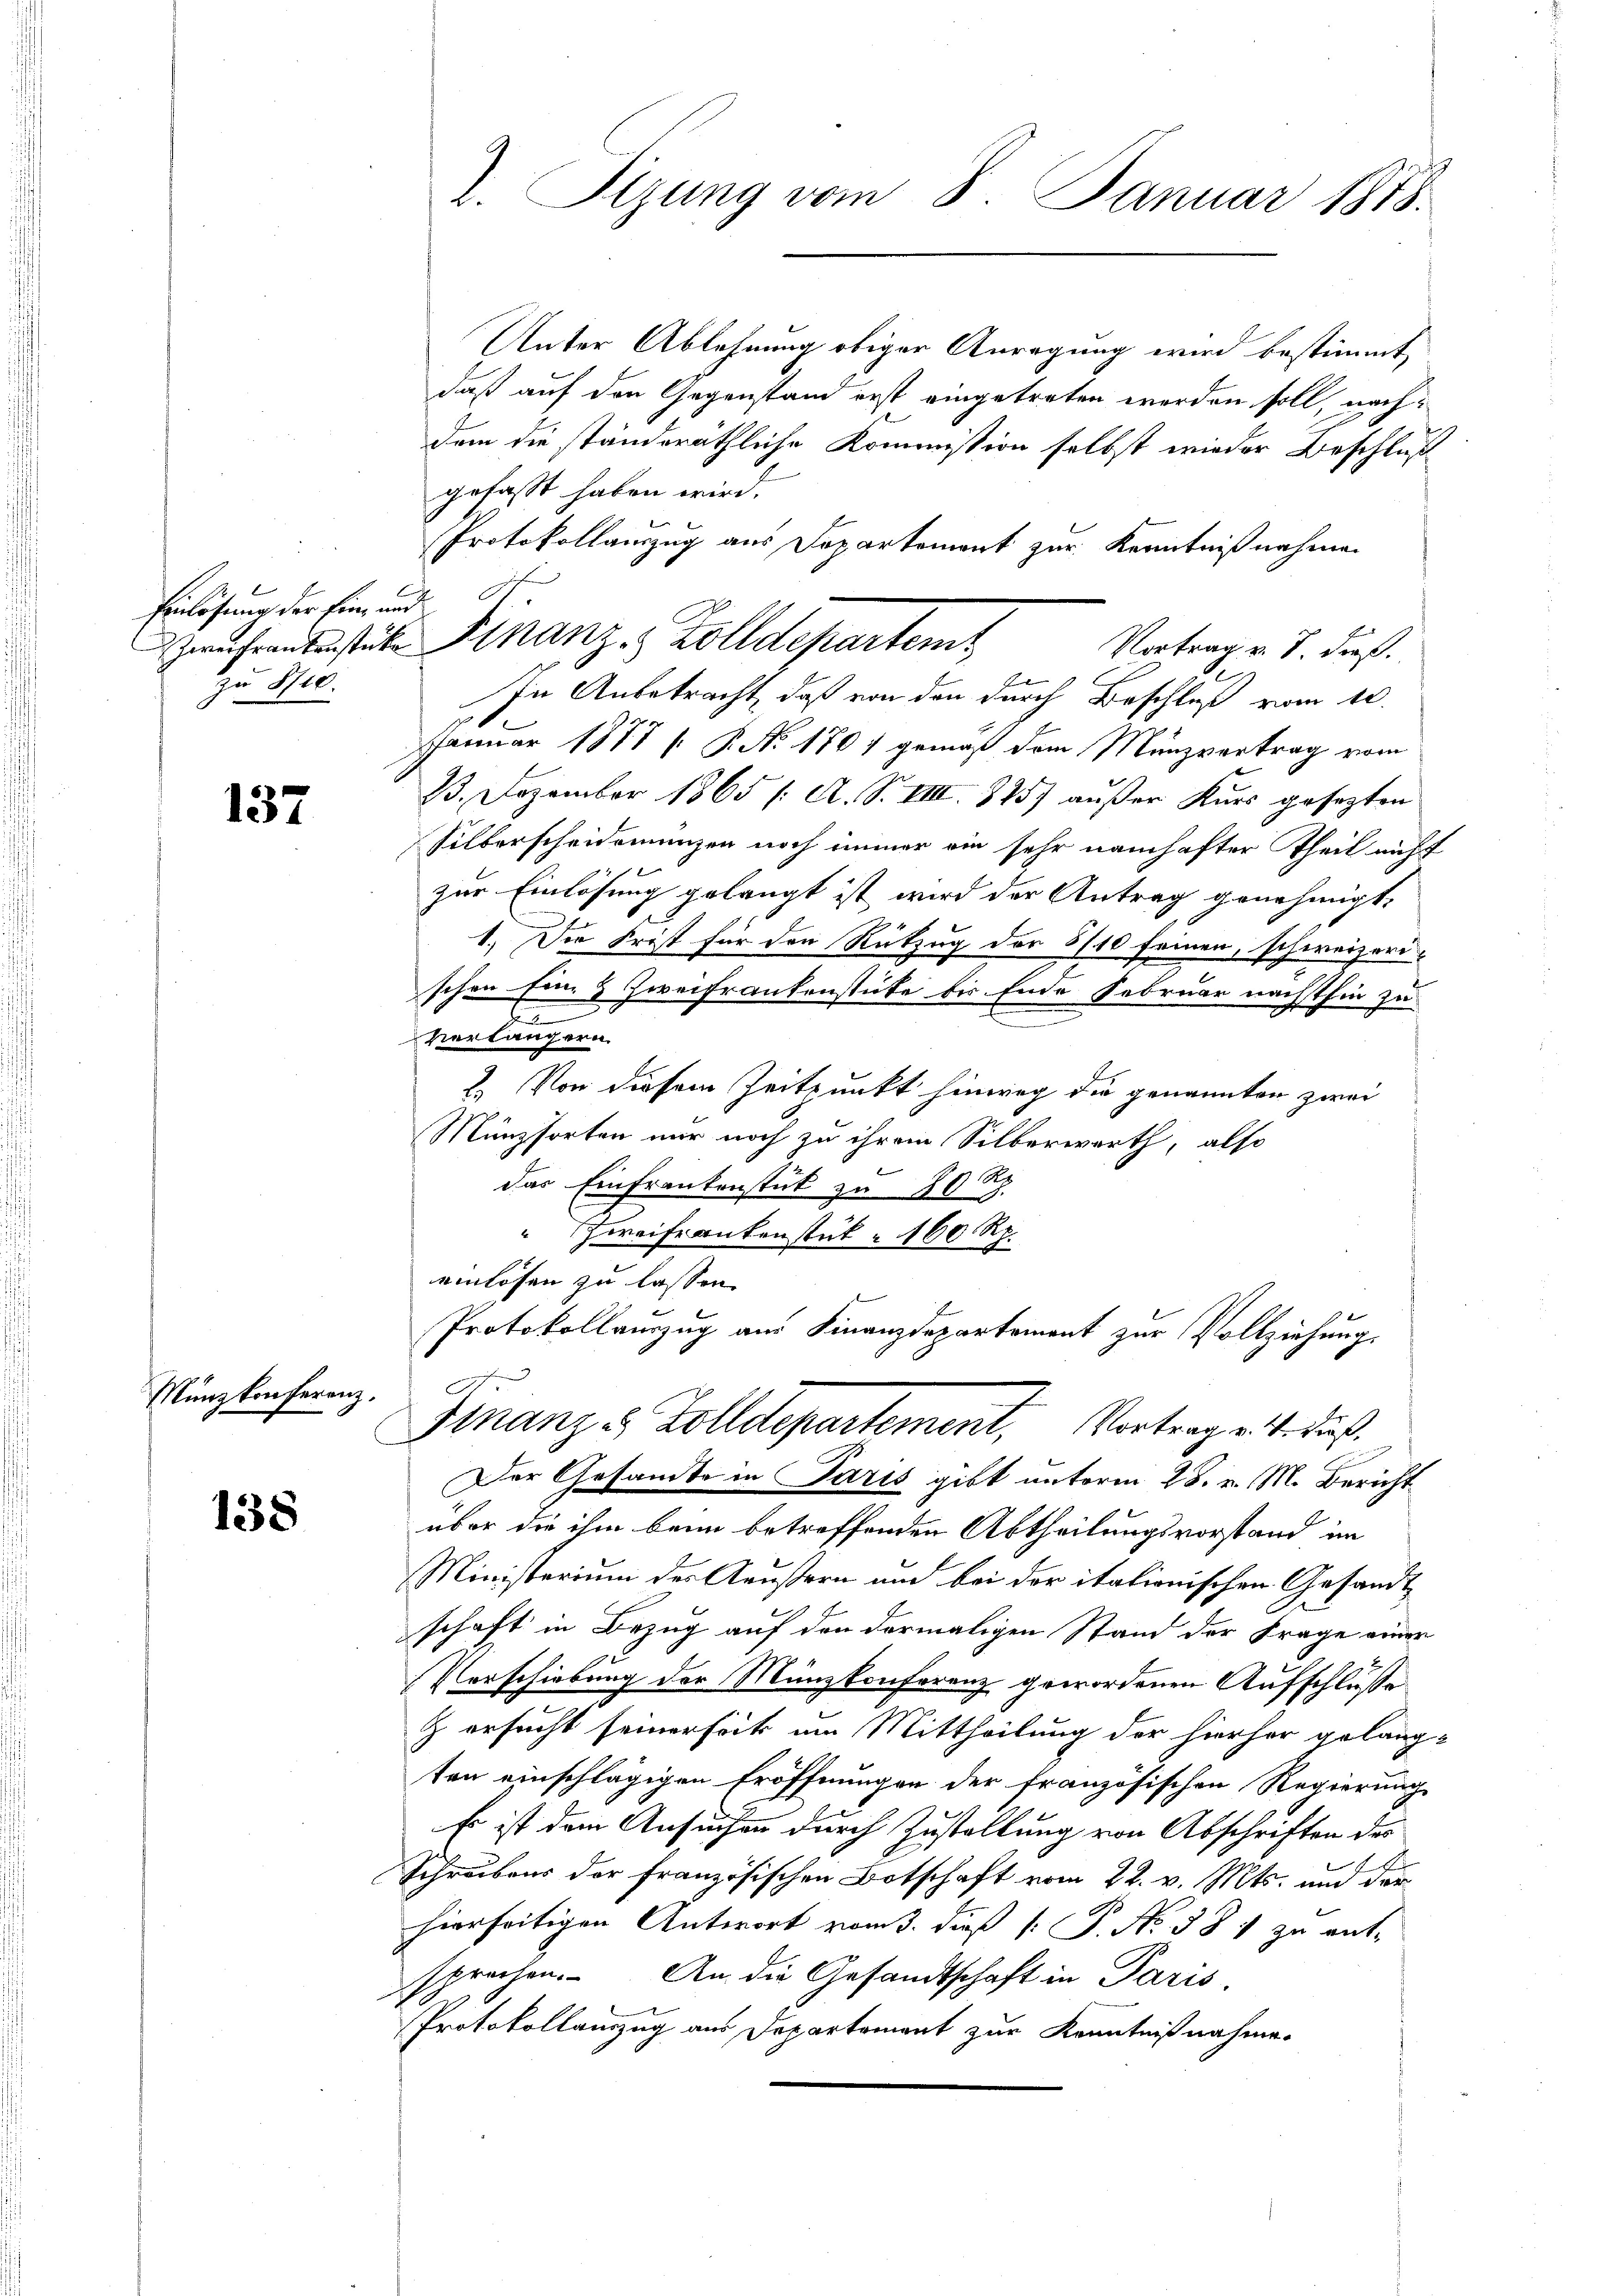
Einlösung der Ein- und
zu 8710.

137

Münzkonferenz.

138

2. Sizung vom 8. Januar 1818.

Unter Ablehnung obiger Anregung wird bestimmt
daß auf den Gegenstand erst eingetreten werden soll, nachdem die ständeräthliche Kommission selbst wieder Beschluß
gefasst haben wird.
Protokollanzug aus Departement zur Kenntnißnahmen
In Anbetracht, daß von den durch Beschluß vom 12.
Januar 1877 (: P. No 170 / gemäß dem Münzvertrag vom
B. Dezember 1865 /: A. S. VIII. 325) außer Kurs gesezten
Silberscheidemünzen noch immer ein sehr namhafter Theil nicht
zur Einlösung gelangt ist wird der Antrag genehmigt,
1.) Der Frist für den Rückzug der 8/10 seinen, schweizerischen Ein- & Zweifrankenstücke bis Ende Februar nächsthin zu
u
verlängern.
2. Von diesem Zeitpunkt hinweg die genannten zwei
Münzsorten nur noch zu ihrem Silberwerth, also
das Einfrankenstück zu 20 t
Zweifrankenstük 160 Rp.
einlösen zu lassen.
Protokollauszug am Finanzdepartement zur Vollziehung.

Zweiterentstücke Finanz-Zolldepartem
Vortrag v. J. dieß.

g
Finanzes Zolldepartement, Vortrag v. 4. Fuß.

Der Gesandte in Paris gibt unterm 28. v. M. Bericht
über die ihm beim betreffenden Abtheilungsvorstand im
Ministerium der Aeußern und bei der italienischen Gesandt
schaft in Bezug auf den dermaligen Stand der Frage einer
Verschiebung der Münzkonferenz gewordenen Aufschlüße.
z ersucht seiner Fick am Mittheilung der hierher gelang
ten einschlägigen Eröffnungen der französischen Regierung
Es ist dem Ansuchen durch Zustellung von Abschriften der
Schreibens der französischen Botschaft vom 22. v. Mts. und der
hierseitigen Antwort vom 3. dieß P. P. No. 381 zu ent-
sprochen. An die Gesandtschaft in Paris.
Protokollanzug aus Departement zur Kenntnißnahme.